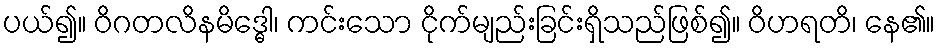
ပယ်၍။ ဝိဂတလိနမိဒ္ဓေါ၊ ကင်းသော ငိုက်မျည်းခြင်းရှိသည်ဖြစ်၍။ ဝိဟရတိ၊ နေ၏။